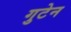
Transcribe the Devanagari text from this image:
गुटेन